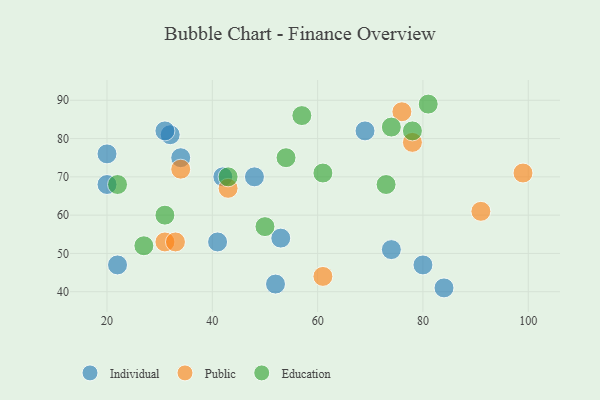
{"axis": {"x": "GDP", "y": "Life Expectancy"}, "legend": ["Education", "Individual", "Public"], "data": [{"x": "69", "y": 82, "type": "Individual"}, {"x": "22", "y": 47, "type": "Individual"}, {"x": "41", "y": 53, "type": "Individual"}, {"x": "32", "y": 81, "type": "Individual"}, {"x": "34", "y": 75, "type": "Individual"}, {"x": "20", "y": 76, "type": "Individual"}, {"x": "42", "y": 70, "type": "Individual"}, {"x": "53", "y": 54, "type": "Individual"}, {"x": "31", "y": 82, "type": "Individual"}, {"x": "80", "y": 47, "type": "Individual"}, {"x": "52", "y": 42, "type": "Individual"}, {"x": "48", "y": 70, "type": "Individual"}, {"x": "20", "y": 68, "type": "Individual"}, {"x": "74", "y": 51, "type": "Individual"}, {"x": "84", "y": 41, "type": "Individual"}, {"x": "78", "y": 79, "type": "Public"}, {"x": "31", "y": 53, "type": "Public"}, {"x": "43", "y": 67, "type": "Public"}, {"x": "99", "y": 71, "type": "Public"}, {"x": "34", "y": 72, "type": "Public"}, {"x": "76", "y": 87, "type": "Public"}, {"x": "91", "y": 61, "type": "Public"}, {"x": "61", "y": 44, "type": "Public"}, {"x": "33", "y": 53, "type": "Public"}, {"x": "57", "y": 86, "type": "Education"}, {"x": "43", "y": 70, "type": "Education"}, {"x": "78", "y": 82, "type": "Education"}, {"x": "31", "y": 60, "type": "Education"}, {"x": "22", "y": 68, "type": "Education"}, {"x": "50", "y": 57, "type": "Education"}, {"x": "27", "y": 52, "type": "Education"}, {"x": "81", "y": 89, "type": "Education"}, {"x": "61", "y": 71, "type": "Education"}, {"x": "73", "y": 68, "type": "Education"}, {"x": "54", "y": 75, "type": "Education"}, {"x": "74", "y": 83, "type": "Education"}]}